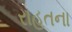
રાહતના